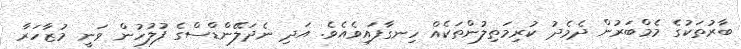
ބާރުތަކުގެ މެމްބަރުން ދެމެދު ކުރިމަތިލުންތަކެއް ހިނގާފައިވެއެވެ. އަދި ނެދަލޭންޑްސްގެ ފުލުހުން ވަނީ މުޒާހަރާ